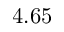
4 . 6 5